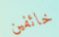
خائفين